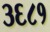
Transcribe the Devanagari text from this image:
३६८१